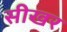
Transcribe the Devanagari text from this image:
सीखर